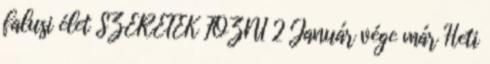
falusi élet SZERETEK FŐZNI 2 Január vége már Heti